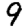
Digit: 9